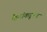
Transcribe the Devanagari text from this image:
कैद्यांकडूनच